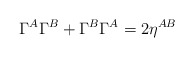
\begin{align*}\Gamma^{A}\Gamma^{B}+\Gamma^{B}\Gamma^{A}=2\eta^{AB}\end{align*}